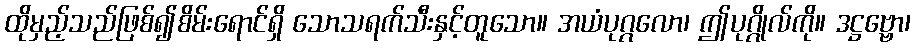
ထိုမှည့်သည်ဖြစ်၍စိမ်းရောင်ရှိ သောသရက်သီးနှင့်တူသော။ အယံပုဂ္ဂလော၊ ဤပုဂ္ဂိုလ်ကို။ ဒဋ္ဌဗ္ဗော၊